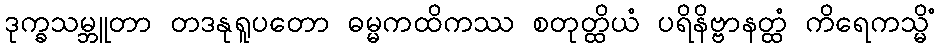
ဒုက္ခသမ္ဘူတာ တဒနုရူပတော ဓမ္မကထိကဿ စတုတ္ထိယံ ပရိနိဗ္ဗာနတ္ထံ ကိရေကသ္မိံ